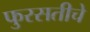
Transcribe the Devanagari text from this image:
फुरसतीचे